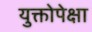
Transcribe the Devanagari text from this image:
युक्तोपेक्षा